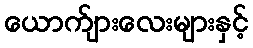
ယောက်ျားလေးများနှင့်